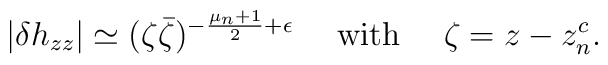
|\delta h_{zz}| \simeq (\zeta \bar\zeta)^{-\frac{\mu_n+1}{2}+\epsilon}~~~~{\rm with}~~~~\zeta= z-z^c_n.